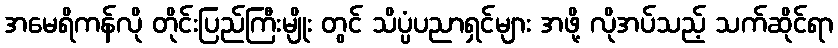
အမေရိကန်လို တိုင်းပြည်ကြီးမျိုး တွင် သိပ္ပံပညာရှင်များ အဖို့ လိုအပ်သည့် သက်ဆိုင်ရာ